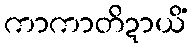
ကာကာတိဍာယိံ